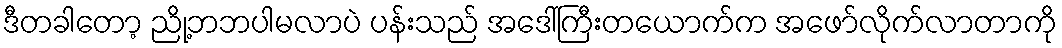
ဒီတခါတော့ ညို့ဘဘပါမလာပဲ ပန်းသည် အဒေါ်ကြီးတယောက်က အဖော်လိုက်လာတာကို